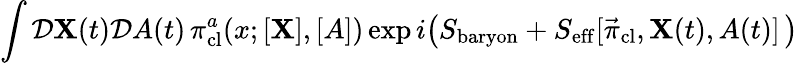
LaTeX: \int{\cal D}{\mathbf X}(t){\cal D}A(t)\, \pi_{\mathrm{cl}}^{a}(x;[{\mathbf X}],[A])\exp i\big(S_{\mathrm{baryon}}+S_{\mathrm{eff}}[\vec{\pi}_{\mathrm{cl}},{\mathbf X}(t),A(t)]\, \big)